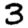
Digit: 3